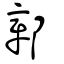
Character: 鄣